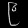
Digit: ၉